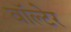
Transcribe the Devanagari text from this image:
वॉल्टेर